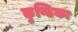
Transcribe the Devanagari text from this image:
कुण्डिका